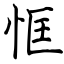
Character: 恇